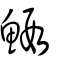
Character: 鰕